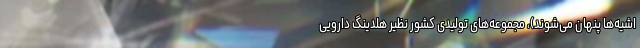
اشیه‌ها پنهان می‌شوند)، مجموعه‌های تولیدی کشور نظیر هلدینگ دارویی